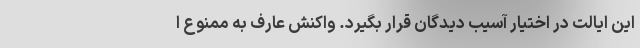
این ایالت در اختیار آسیب دیدگان قرار بگیرد. واکنش عارف به ممنوع ا